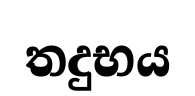
තදුභය